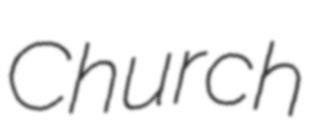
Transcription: Church